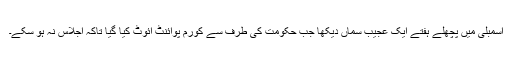
اسمبلی میں پچھلے ہفتے ایک عجیب سماں دیکھا جب حکومت کی طرف سے کورم پوائنٹ آئوٹ کیا گیا تاکہ اجلاس نہ ہو سکے۔